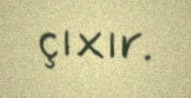
çıxır.